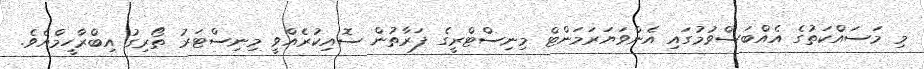
މި މަސައްކަތުގެ އެއްބަސްވުމުގައި އެންވަޔަރަމަންޓް މިނިސްޓްރީގެ ފަރާތުން ސޮއިކުރެއްވީ މިނިސްޓަރު ތޯރިގު އިބްރާހީމްއެވެ.